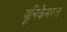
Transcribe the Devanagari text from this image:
यूनिकैमरल